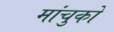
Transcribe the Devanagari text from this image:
मांचुको